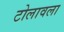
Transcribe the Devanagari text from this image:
टोलावला